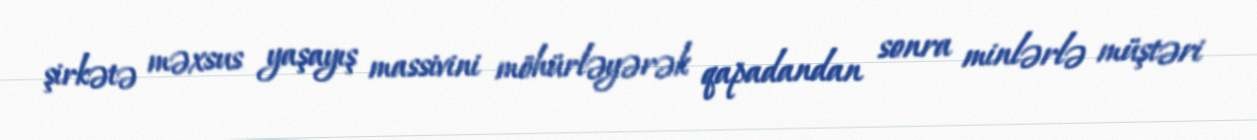
şirkətə məxsus yaşayış massivini möhürləyərək qapadandan sonra minlərlə müştəri